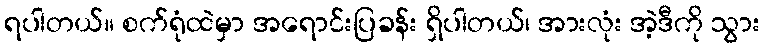
ရပါတယ်။ စက်ရုံထဲမှာ အရောင်းပြခန်း ရှိပါတယ်၊ အားလုံး အဲ့ဒီကို သွား